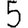
Digit: 5